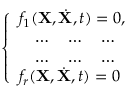
\left\{ \begin{array} { l } { f _ { 1 } ( { \bf X } , { \dot { \bf X } } , t ) = 0 , } \\ { \quad \dots \quad \dots \quad \dots } \\ { \quad \dots \quad \dots \quad \dots } \\ { f _ { r } ( { \bf X } , { \dot { \bf X } } , t ) = 0 } \end{array} \right.